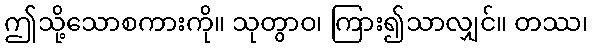
ဤသို့သောစကားကို။ သုတွာဝ၊ ကြား၍သာလျှင်။ တဿ၊